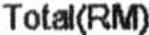
TOTAL(RM)